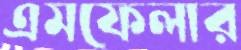
এমফেলার